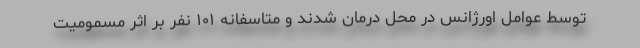
توسط عوامل اورژانس در محل درمان شدند و متاسفانه ١٠١ نفر بر اثر مسمومیت